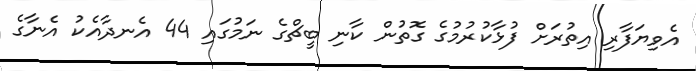
އެވިޔަފާރި އިތުރަށް ފުޅާކުރުމުގެ ގޮތުން ކާނި ބީޗްގެ ނަމުގައި 44 އެނދާއެކު އެނާގެ